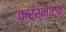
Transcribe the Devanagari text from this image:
कर्र्नाटक